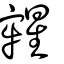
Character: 𣋀